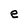
Character: e